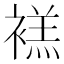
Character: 𫌉